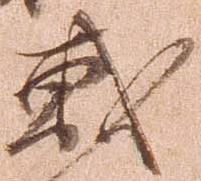
戦